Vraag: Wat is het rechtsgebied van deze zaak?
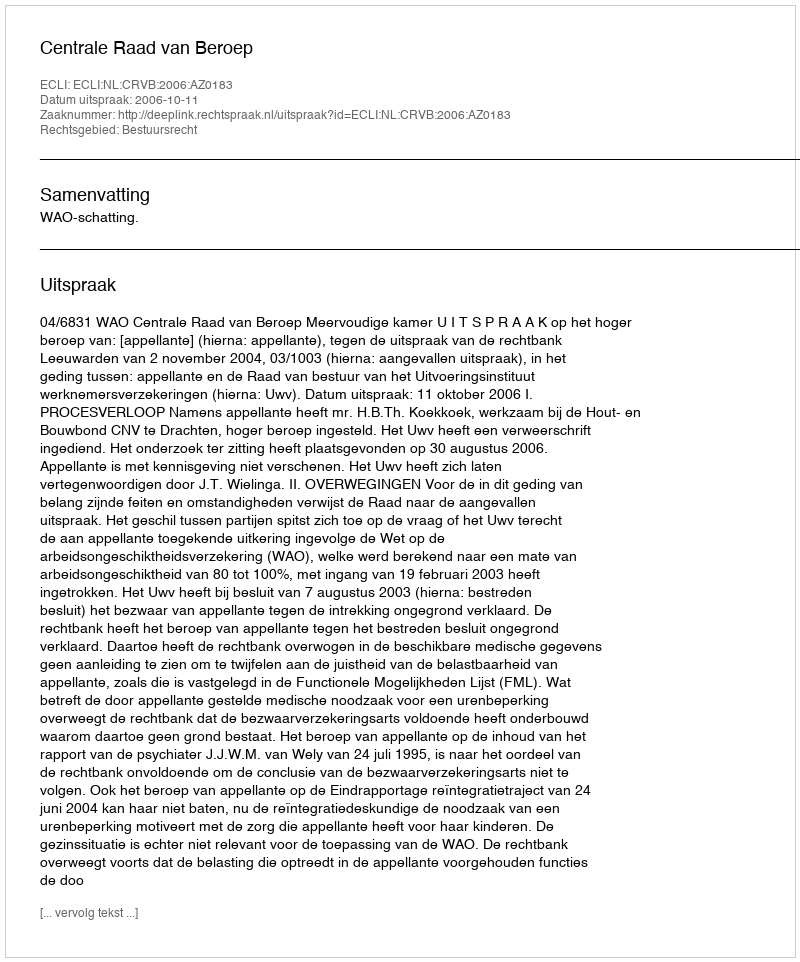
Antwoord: Bestuursrecht